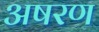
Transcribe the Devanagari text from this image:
अषरण